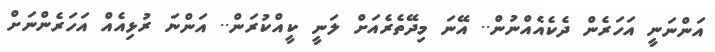
އަންނަނީ އަހަރެން ދެކެއެއްނުން.. އޭނަ މިދޭތެރެއަށް ލަނީ ކީއްކުރަން.. އަންނަ ރުޅިއެއް އަހަރެންނަށް